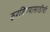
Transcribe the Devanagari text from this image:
ठरविण्यासाठीची